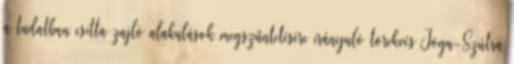
a tudatban csitta zajló alakulások megszűntetésére irányuló törekvés Jóga-Szútra